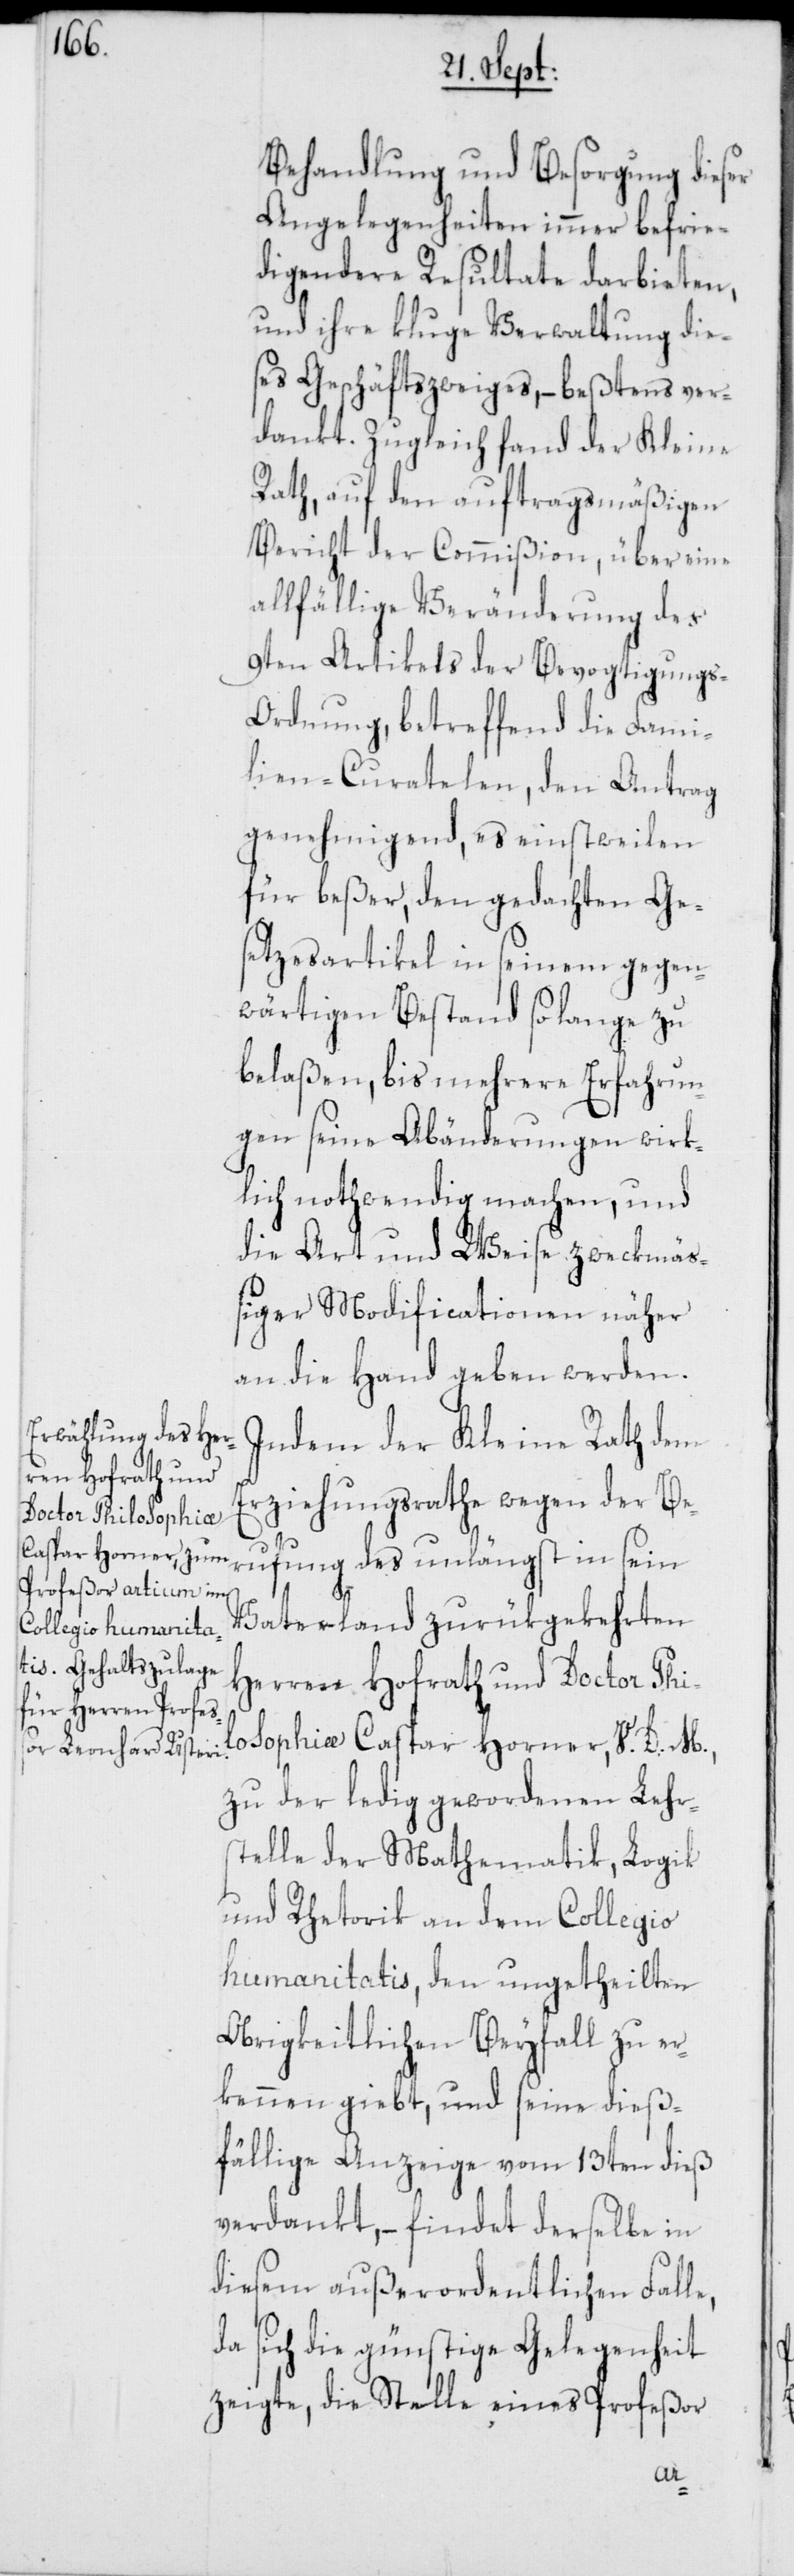
Behandlung und Besorgung dieser
Angelegenheiten immer befrie¬
digendere Resultate darbieten,
und ihre kluge Verwaltung die¬
ses Geschäftszweiges, – beßtens ver¬
dankt. Zugleich fand der Kleine
Rath, auf den auftragsmäßigen
Bericht der Commißion, über eine
allfällige Veränderung des
9ten Artikels der Bevogtigungs-O¬
rdnung, betreffend die Fami¬
lien-Curatelen, den Antrag
genehmigend, es einstweilen
für beßer, den gedachten Ges¬
etzesartikel in seinem gegen¬
wärtigen Bestand so lange zu
belaßen, bis mehrere Erfahrun¬
gen seine Abänderungen wirk¬
lich nothwendig machen, und
die Art und Weise zweckmäß¬
iger Modificationen näher
an die Hand geben werden.
Indem der Kleine Rath dem
Erziehungsrathe wegen der Be¬
rufung des unlängst in sein
Vaterland zurükgekehrten
Herren Hofrath und Doctor Phi¬
losophiæ Caspar Horner, V. D. M.,
zu der ledig gewordenen Lehr¬
stelle der Mathematik, Logik
und Rhetorik an dem Collegio
humanitatis, den ungetheilten
Obrigkeitlichen Beyfall zu er¬
kennen giebt, und seine dieß¬
fällige Anzeige vom 13ten dieß
verdankt, – findet derselbe in
diesem außerordentlichen Falle,
da sich die günstige Gelegenheit
zeigte, die Stelle eines Profeßor